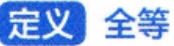
定义 全等